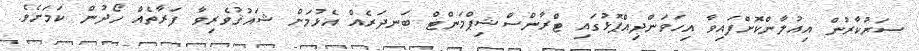
ސަރުކާރުން އިއުލާންކޮށްފައިވާ އިހަވަންދިއްޕޮޅުގައި ޓްރާންސްޝިޕްމަންޓް ބަނދަރެއް އެޅުމަށް ޝައުޤުވެރިވާ ފަރާތެއް ހޯދުން ކަމަށެވެ.